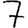
Digit: 7